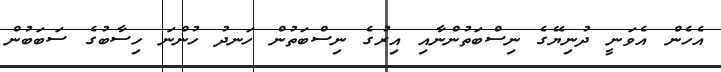
އެހެން އެވަނީ ދުނިޔޭގެ ނިސްބަތުންނާއި އިރުގެ ނިސްބަތުން ހަނދު ހުންނަ ހިސާބުގެ ސަބަބުން